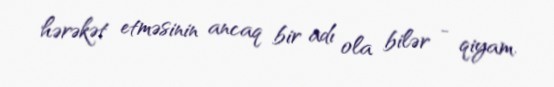
hərəkət etməsinin ancaq bir adı ola bilər - qiyam.